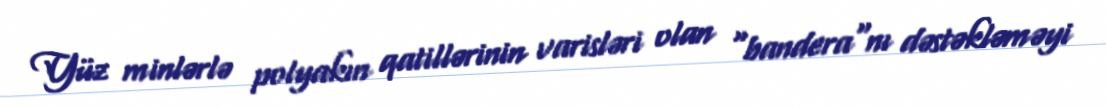
Yüz minlərlə polyakın qatillərinin varisləri olan "bandera"nı dəstəkləməyi